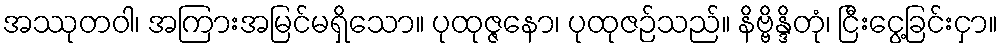
အဿုတဝါ၊ အကြားအမြင်မရှိသော။ ပုထုဇ္ဇနော၊ ပုထုဇဉ်သည်။ နိဗ္ဗိန္ဒိတုံ၊ ငြီးငွေ့ခြင်းငှာ။